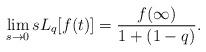
LaTeX: \begin{align*} \lim_{s \rightarrow 0} s L_{q} [f(t)] = \frac{f(\infty)}{1+(1-q)}. \end{align*}